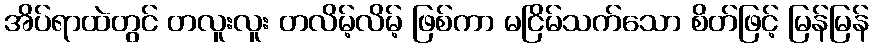
အိပ်ရာထဲတွင် တလူးလူး တလိမ့်လိမ့် ဖြစ်ကာ မငြိမ်သက်သော စိတ်ဖြင့် မြန်မြန်